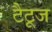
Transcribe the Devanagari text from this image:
टैटूज